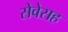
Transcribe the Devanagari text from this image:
सेवेसह